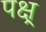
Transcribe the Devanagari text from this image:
पक्ष्